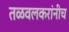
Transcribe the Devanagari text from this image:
तळवलकरांनीच